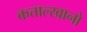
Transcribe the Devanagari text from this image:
कत्ताल्खानो